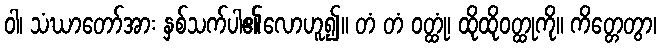
ဝါ၊ သံဃာတော်အား နှစ်သက်ပါ၏လောဟူ၍။ တံ တံ ဝတ္ထုံ၊ ထိုထိုဝတ္ထုကို။ ကိတ္တေတွာ၊